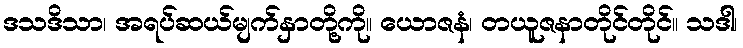
ဒသဒိသာ၊ အရပ်ဆယ်မျက်နှာတို့ကို။ ယောဇနံ၊ တယူဇနာတိုင်တိုင်။ သဒါ၊